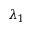
\lambda _ { 1 }